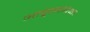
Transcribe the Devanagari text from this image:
आवृत्त्यांपेक्षा